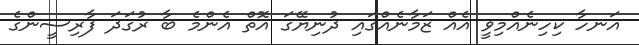
އަނހާ ކިހިނެއްމިވީ އެއް ޒަމާނެއްގައި ދުނިޔޭގަ އޮތް އެންމެ ބާ ރުގަދަ ފާރިސީންގެ